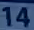
14